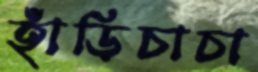
হাঁড়িচাচা